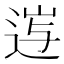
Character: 𨓂